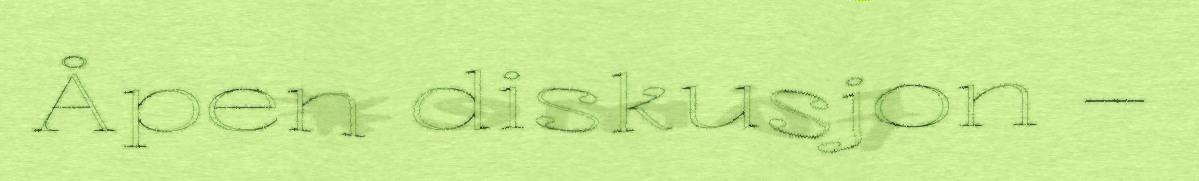
Åpen diskusjon –